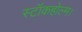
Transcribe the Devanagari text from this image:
स्टॉकहोल्म।